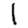
Digit: 1